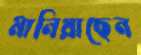
মানিয়াছেন